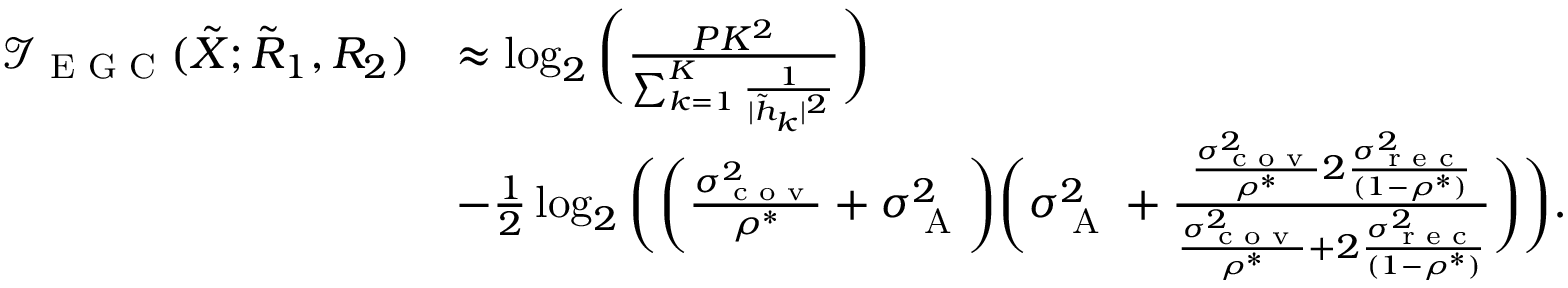
\begin{array} { r l } { \mathcal { I } _ { \textrm { E G C } } ( { { { \tilde { X } } } } ; { { { \tilde { R } } } _ { 1 } } , { { { R } } _ { 2 } } ) } & { \approx \log _ { 2 } \bigg ( \frac { P K ^ { 2 } } { \sum _ { k = 1 } ^ { K } \frac { 1 } { | \tilde { h } _ { k } | ^ { 2 } } } \bigg ) } \\ & { - \frac { 1 } { 2 } \log _ { 2 } \bigg ( \bigg ( { { \frac { \sigma _ { \textrm { c o v } } ^ { 2 } } { \rho ^ { * } } } } + \sigma _ { \textrm { A } } ^ { 2 } \bigg ) \bigg ( { \sigma _ { \textrm { A } } ^ { 2 } } + \frac { { { \frac { \sigma _ { \textrm { c o v } } ^ { 2 } } { \rho ^ { * } } } } 2 \frac { \sigma _ { \textrm { r e c } } ^ { 2 } } { ( 1 - \rho ^ { * } ) } } { { { \frac { \sigma _ { \textrm { c o v } } ^ { 2 } } { \rho ^ { * } } } } + 2 \frac { \sigma _ { \textrm { r e c } } ^ { 2 } } { ( 1 - \rho ^ { * } ) } } \bigg ) \bigg ) . } \end{array}